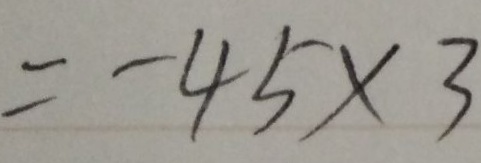
= - 4 5 \times 3